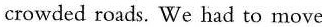
crowded roads. We had to move